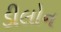
ડીલોન